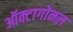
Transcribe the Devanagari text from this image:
ऑक्टागोनल